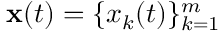
\mathbf { x } ( t ) = \{ x _ { k } ( t ) \} _ { k = 1 } ^ { m }